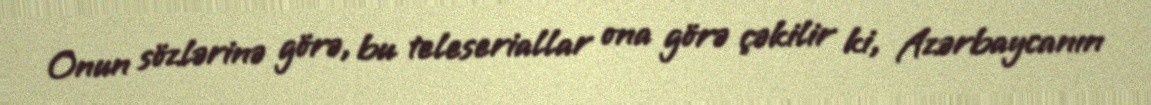
Onun sözlərinə görə, bu teleseriallar ona görə çəkilir ki, Azərbaycanın